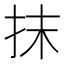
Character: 抹